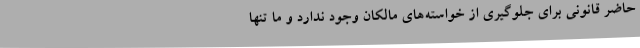
حاضر قانونی برای جلوگیری از خواسته‌های مالکان وجود ندارد و ما تنها